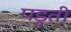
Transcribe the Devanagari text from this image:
पडुती